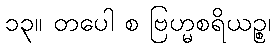
၁၃။ တပေါ စ ဗြဟ္မစရိယဉ္စ၊